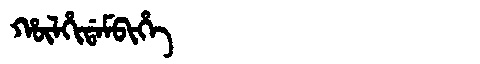
Manchu: ᡥᡡᠯᡥᡳᡩᠠᠮᠪᡳᡥᡝ
Romanization: HŪLHIDAMBIHE